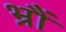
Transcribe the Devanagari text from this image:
भ्रौं